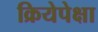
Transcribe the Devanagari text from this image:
क्रियेपेक्षा